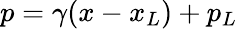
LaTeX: p=\gamma(x-x_{L})+p_{L}